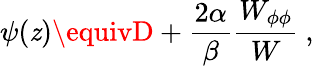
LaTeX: \psi(\mathit{z})\equivD+{\frac{{2\alpha}}{{\beta}}}{\frac{{W_{\phi\phi}}}{{W}}}~,